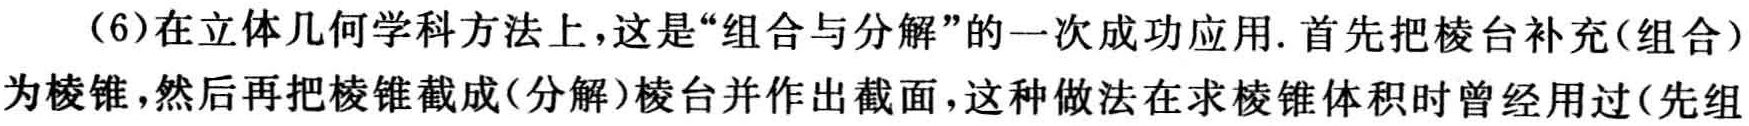
（6）在立体几何学科方法上，这是“组合与分解”的一次成功应用. 首先把棱台补充(组合)为棱锥，然后再把棱锥截成(分解)棱台并作出截面，这种做法在求棱锥体积时曾经用过(先组